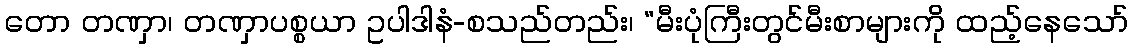
တော တဏှာ၊ တဏှာပစ္စယာ ဥပါဒါနံ-စသည်တည်း၊ “မီးပုံကြီးတွင်မီးစာများကို ထည့်နေသော်